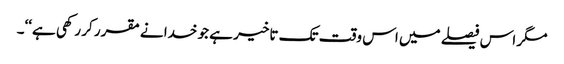
مگر اس فیصلے میں اس وقت تک تاخیر ہے جو خدا نے مقرر کر رکھی ہے‘‘۔